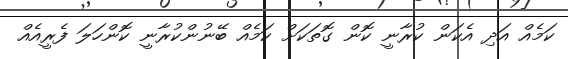
ކަމެއް އަދި އެކަން ކުރާނީ ކޮން ގޮތަކަށް ކަމެއް ބޭނުންކުރާނީ ކޮންހަލަ ފެރީއެއް